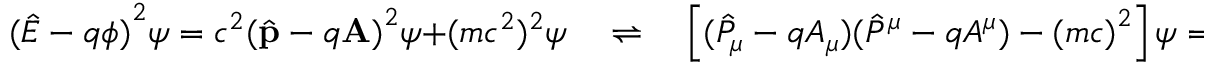
{ ( { \hat { E } } - q \phi ) } ^ { 2 } \psi = c ^ { 2 } { ( { \hat { \mathbf { p } } } - q \mathbf { A } ) } ^ { 2 } \psi + ( m c ^ { 2 } ) ^ { 2 } \psi \quad \rightleftharpoons \quad \left[ { ( { \hat { P } } _ { \mu } - q A _ { \mu } ) } { ( { \hat { P } } ^ { \mu } - q A ^ { \mu } ) } - { ( m c ) } ^ { 2 } \right] \psi = 0 .